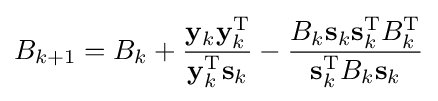
B_{k+1}=B_{k}+{\frac {\mathbf {y} _{k}\mathbf {y} _{k}^{\mathrm {T} }}{\mathbf {y} _{k}^{\mathrm {T} }\mathbf {s} _{k}}}-{\frac {B_{k}\mathbf {s} _{k}\mathbf {s} _{k}^{\mathrm {T} }B_{k}^{\mathrm {T} }}{\mathbf {s} _{k}^{\mathrm {T} }B_{k}\mathbf {s} _{k}}}